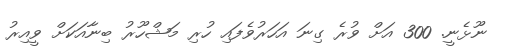
ނޫޅެނީ. 300 އަށް ވުރެ ގިނަ އަހަރުވެފައި ހުރި މަޝްހޫރު ބިނާއަކަށް ވީއިރު